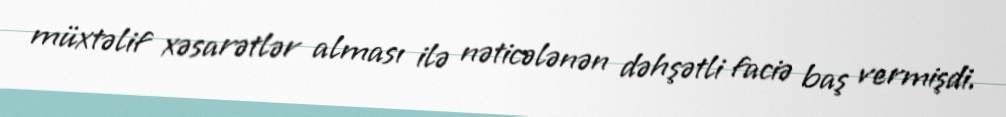
müxtəlif xəsarətlər alması ilə nəticələnən dəhşətli faciə baş vermişdi.